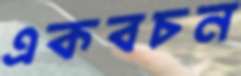
একবচন